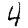
Digit: 4